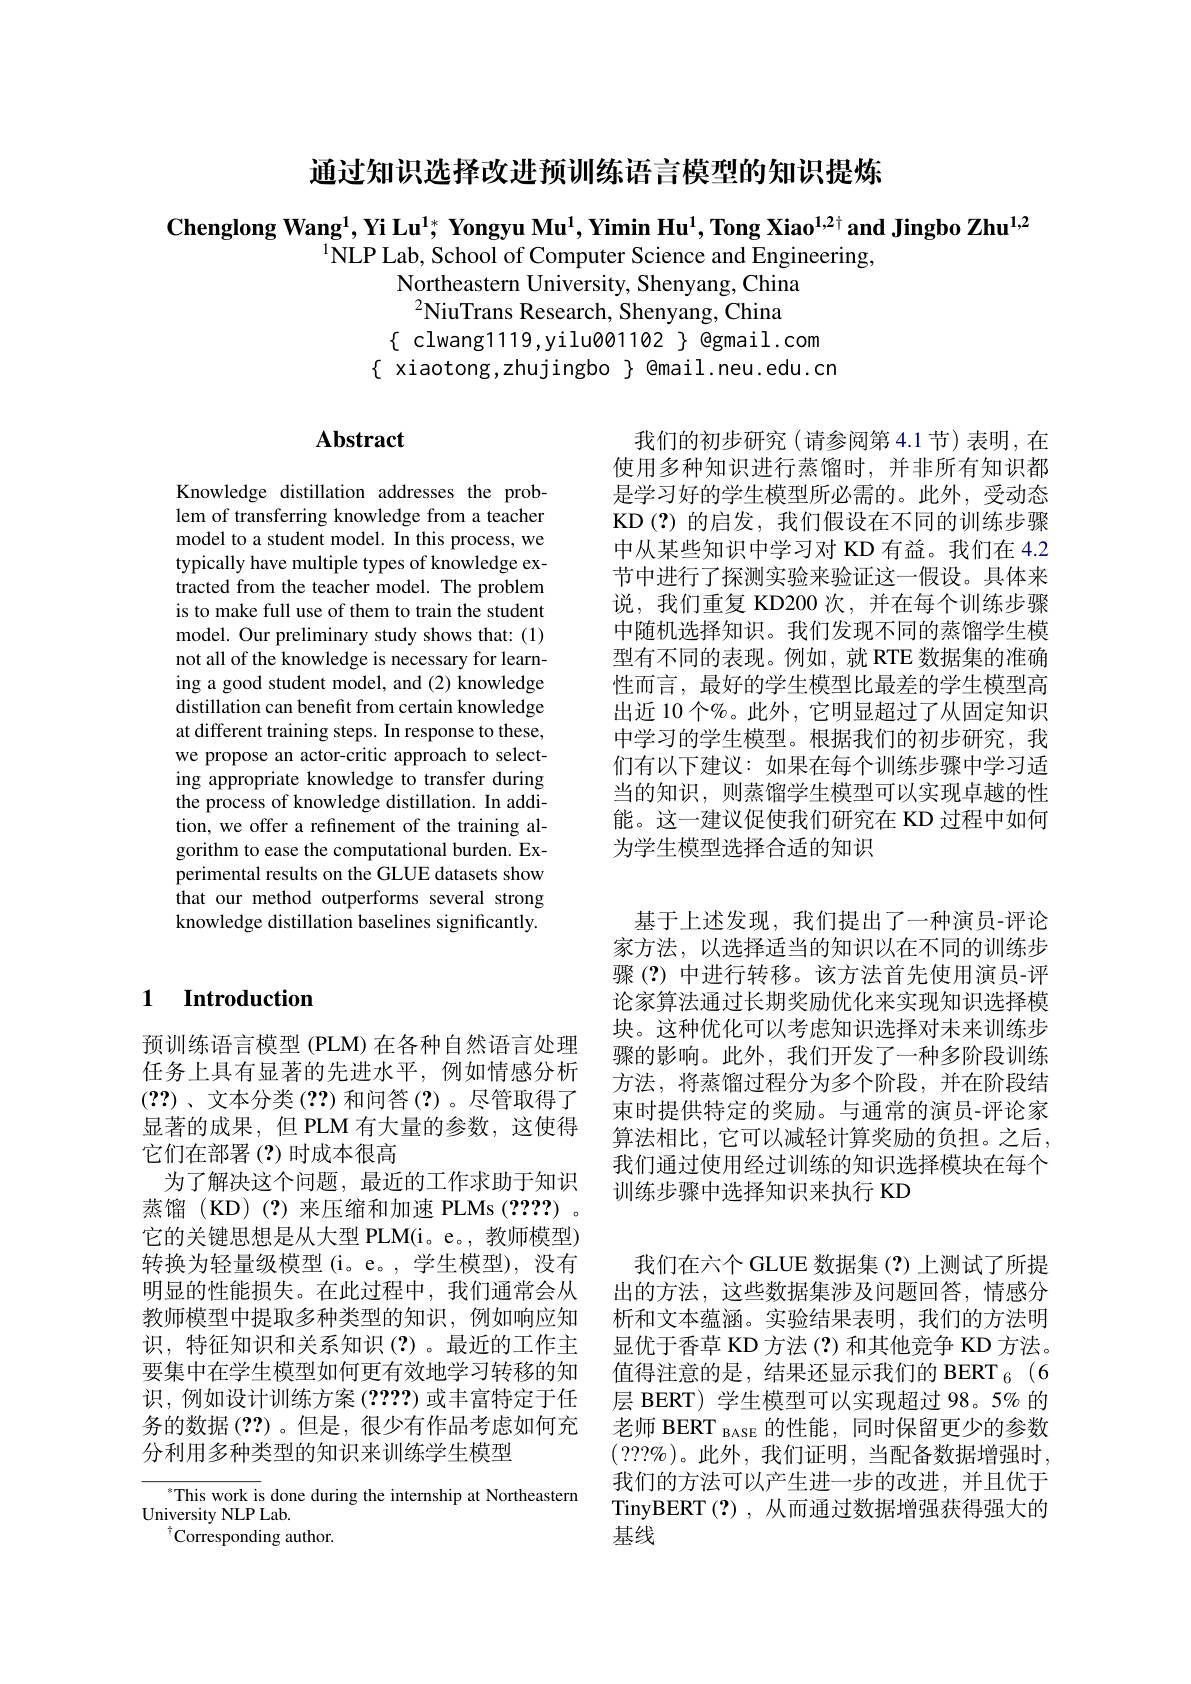
通过知识选择改进预训练语言模型的知识提炼

$\textbf{Chenglong Wang}^1,\text{Yi Lu}^{1*}$ Yongyu Mu$^1,\textbf{Yimin Hu}^1,\textbf{Tong Xiao}^{1,2+}$and Jingbo Zhu$^1,2$
$^{1}$NLP Lab, School of Computer Science and Engineering,
Northeastern University, Shenyang, China $^{2}$NiuTrans Research, Shenyang, China
$\{$ clwang1119,yilu⊗01102 $\}$ @gmail.com $\{$ xiaotong,zhujingbo $\}$ @mail.neu.edu.cn

## $\mathbf{Abstract}$

我们的初步研究(请参阅第 4.1 节)表明，在使用多种知识进行蒸馏时，并非所有知识都是学习好的学生模型所必需的。此外，受动态KD (?)的启发，我们假设在不同的训练步骤中从某些知识中学习对 KD 有益。我们在 4.2节中进行了探测实验来验证这一假设。具体来说，我们重复 KD200 次，并在每个训练步骤中随机选择知识。我们发现不同的蒸馏学生模型有不同的表现。例如，就 RTE 数据集的准确性而言，最好的学生模型比最差的学生模型高出近 10 个%。此外，它明显超过了从固定知识中学习的学生模型。根据我们的初步研究，我们有以下建议：如果在每个训练步骤中学习适当的知识，则蒸馏学生模型可以实现卓越的性能。这一建议促使我们研究在 KD 过程中如何为学生模型选择合适的知识

Knowledge distillation addresses the problem of transferring knowledge from a teacher model to a student model. In this process, we typically have multiple types of knowledge extracted from the teacher model. The problem is to make full use of them to train the student model. Our preliminary study shows that: (1) not all of the knowledge is necessary for learning a good student model, and (2) knowledge distillation can benefit from certain knowledge at different training steps. In response to these, we propose an actor-critic approach to selecting appropriate knowledge to transfer during the process of knowledge distillation. In addition, we offer a refinement of the training algorithm to ease the computational burden. Experimental results on the GLUE datasets show that our method outperforms several strong knowledge distillation baselines significantly.

## 1 Introduction

基于上述发现，我们提出了一种演员-评论家方法，以选择适当的知识以在不同的训练步骤(?)中进行转移。该方法首先使用演员-评论家算法通过长期奖励优化来实现知识选择模块。这种优化可以考虑知识选择对未来训练步骤的影响。此外，我们开发了一种多阶段训练方法，将蒸馏过程分为多个阶段，并在阶段结束时提供特定的奖励。与通常的演员-评论家算法相比，它可以减轻计算奖励的负担。之后， 我们通过使用经过训练的知识选择模块在每个训练步骤中选择知识来执行 KD
我们在六个 GLUE 数据集(?)上测试了所提出的方法，这些数据集涉及问题回答，情感分析和文本蕴涵。实验结果表明，我们的方法明显优于香草 KD 方法 (?) 和其他竞争 KD 方法。值得注意的是，结果还显示我们的 BERT $_6(6)$ 层 BERT) 学生模型可以实现超过 98。5% 的老师 BERT $_\mathrm{BASE}$的性能，同时保留更少的参数( ???%)。此外，我们证明，当配备数据增强时， 我们的方法可以产生进一步的改进，并且优于TinyBERT (?) , 从而通过数据增强获得强大的基线

预训练语言模型 (PLM) 在各种自然语言处理任务上具有显著的先进水平，例如情感分析(??)、文本分类(??)和问答(?)。尽管取得了显著的成果，但 PLM 有大量的参数，这使得它们在部署(?)时成本很高
为了解决这个问题，最近的工作求助于知识蒸馏(KD)(?)来压缩和加速 PLMs(????)。它的关键思想是从大型 PLM(i。e。, 教师模型) 转换为轻量级模型(i。e。,学生模型),没有明显的性能损失。在此过程中，我们通常会从教师模型中提取多种类型的知识，例如响应知识，特征知识和关系知识(?)。最近的工作主要集中在学生模型如何更有效地学习转移的知识，例如设计训练方案(????)或丰富特定于任务的数据 (??) 。但是，很少有作品考虑如何充分利用多种类型的知识来训练学生模型

$^{*}$This work is done during the internship at Northeastern
University NLP Lab.
$^{\dagger}{\mathrm{Corresponding~author.}}$